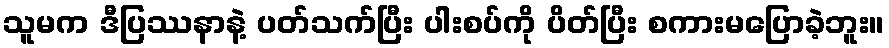
သူမက ဒီပြဿနာနဲ့ ပတ်သက်ပြီး ပါးစပ်ကို ပိတ်ပြီး စကားမပြောခဲ့ဘူး။